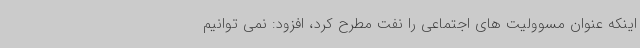
اینکه عنوان مسوولیت های اجتماعی را نفت مطرح کرد، افزود: نمی توانیم